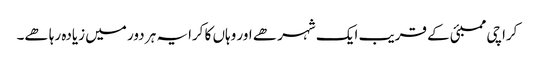
کراچی ممبئی کے قریب ایک شہر ھے اور وہاں کا کرایہ ہر دور میں زیادہ رہا ھے۔